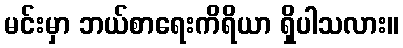
မင်းမှာ ဘယ်စာရေးကိရိယာ ရှိပါသလား။